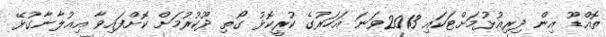
ތޮއްޑޫ އިން ދިރިއުޅުމަށްޓަކައި 2013ވަނަ އަހަރުގެ ކުރީކޮޅު ގޯތި ދޫކުރުމަށް ކޮށްފައިވާ އިޢުލާނާގުޅޭ